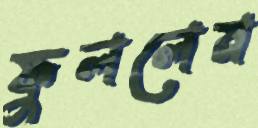
ফুললেন